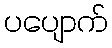
ပပျောက်